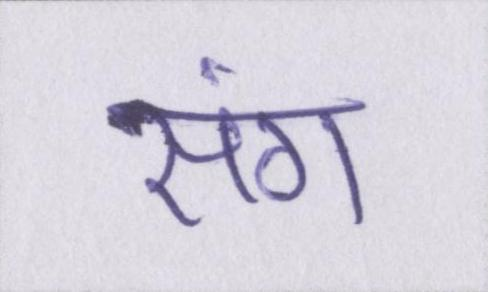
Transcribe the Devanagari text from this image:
संग